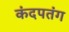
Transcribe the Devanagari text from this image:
कंदपतंग